Annual returns of the Patna Lunatic Asylum at Bankipore in Bihar and Orissa - 1912-1924
Year: 1912
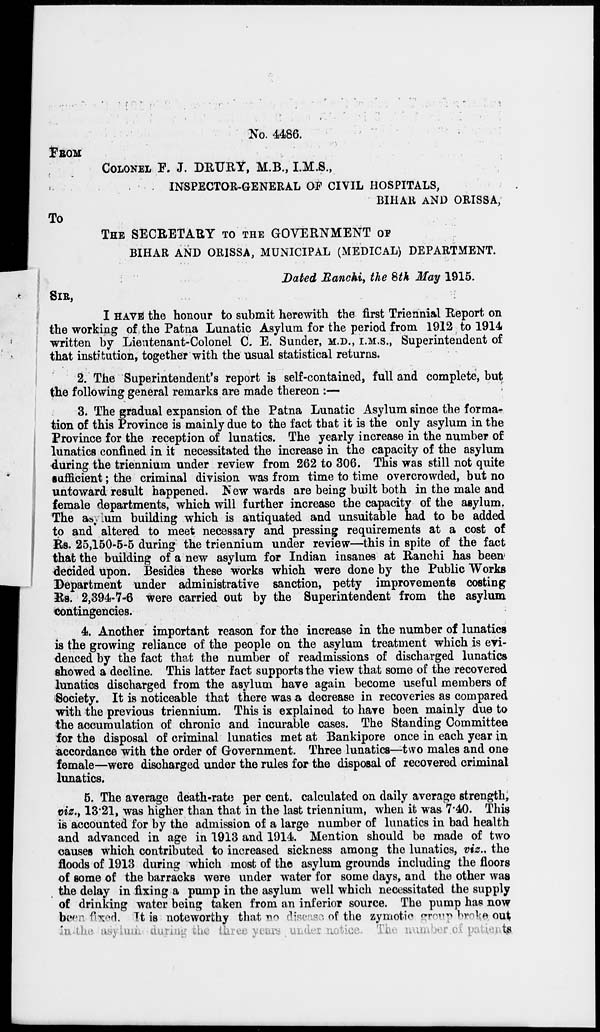
No. 4486.
FROM
COLONEL F. J. DRURY, M.B., I.M.S.,
INSPECTOR-GENERAL OF CIVIL HOSPITALS,
BIHAR AND ORISSA,
To
THE SECRETARY TO THE GOVERNMENT OF
BIHAR AND ORISSA, MUNICIPAL (MEDICAL) DEPARTMENT.
Dated Ranchi, the 8th May 1915.
SIR,
I HAVE the honour to submit herewith the first Triennial Report on
the working of the Patna Lunatic Asylum for the period from 1912 to 1914
written by Lieutenant-Colonel C. E. Sunder, M.D., I.M.S., Superintendent of
that institution, together with the usual statistical returns.
2. The Superintendent's report is self-contained, full and complete, but
the following general remarks are made thereon :—
3. The gradual expansion of the Patna Lunatic Asylum since the forma-
tion of this Province is mainly due to the fact that it is the only asylum in the
Province for the reception of lunatics. The yearly increase in the number of
lunatics confined in it necessitated the increase in the capacity of the asylum
during the triennium under review from 262 to 306. This was still not quite
sufficient; the criminal division was from time to time overcrowded, but no
untoward result happened. New wards are being built both in the male and
female departments, which will further increase the capacity of the asylum.
The asylum building which is antiquated and unsuitable had to be added
to and altered to meet necessary and pressing requirements at a cost of
Rs. 25,150-5-5 during the triennium under review—this in spite of the fact
that the building of a new asylum for Indian insanes at Ranchi has been
decided upon. Besides these works which were done by the Public Works
Department under administrative sanction, petty improvements costing
Rs. 2,394-7-6 were carried out by the Superintendent from the asylum
contingencies.
4. Another important reason for the increase in the number of lunatics
is the growing reliance of the people on the asylum treatment which is evi-
denced by the fact that the number of readmissions of discharged lunatics
showed a decline. This latter fact supports the view that some of the recovered
lunatics discharged from the asylum have again become useful members of
Society. It is noticeable that there was a decrease in recoveries as compared
with the previous triennium. This is explained to have been mainly due to
the accumulation of chronic and incurable cases. The Standing Committee
for the disposal of criminal lunatics met at Bankipore once in each year in
accordance with the order of Government. Three lunatics—two males and one
female—were discharged under the rules for the disposal of recovered criminal
lunatics.
5. The average death-rate per cent. calculated on daily average strength,
viz., 13.21, was higher than that in the last triennium, when it was 7.40. This
is accounted for by the admission of a large number of lunatics in bad health
and advanced in age in 1913 and 1914. Mention should be made of two
causes which contributed to increased sickness among the lunatics, viz., the
floods of 1913 during which most of the asylum grounds including the floors
of some of the barracks were under water for some days, and the other was
the delay in fixing a pump in the asylum well which necessitated the supply
of drinking water being taken from an inferior source. The pump has now
been fixed. It is noteworthy that no disease of the zymotic group broke out
in the
asylum during the three years under notice.
The number of patient